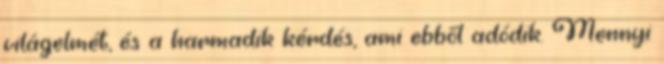
világelmét, és a harmadik kérdés, ami ebből adódik. Mennyi